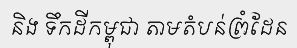
និង ទឹកដីកម្ពុជា តាមតំបន់ព្រំដែន